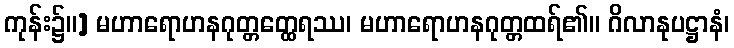
ကုန်း၌။] မဟာရောဟနဂုတ္တတ္ထေရဿ၊ မဟာရောဟနဂုတ္တထရ်၏။ ဂိလာနုပဋ္ဌာနံ၊